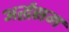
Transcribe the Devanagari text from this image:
अर्द्धसम